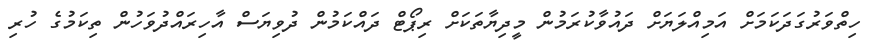
ހިތްވަރުގަދަކަމަށް އަމިއްލަޔަށް ދައުވާކުރަމުން މީދިޔާތަކަށް ރިޕޯޓް ދައްކަމުން ދުވިޔަސް އާހިރައްދުވަހުން ތިކަމުގެ ހުރި